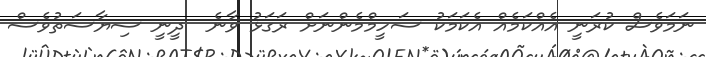
ނަމަވެސް ކުރަނީ އެއްކަމެއް އެކަމަކު ސަހީމްމެންނަށް ރަގަޅު ވާނެ  ދީނީ ސިޔާސަތުވެސް